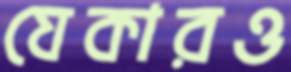
যেকারও